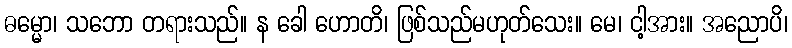
ဓမ္မော၊ သဘော တရားသည်။ န ခေါ ဟောတိ၊ ဖြစ်သည်မဟုတ်သေး။ မေ၊ ငါ့အား။ အညောပိ၊